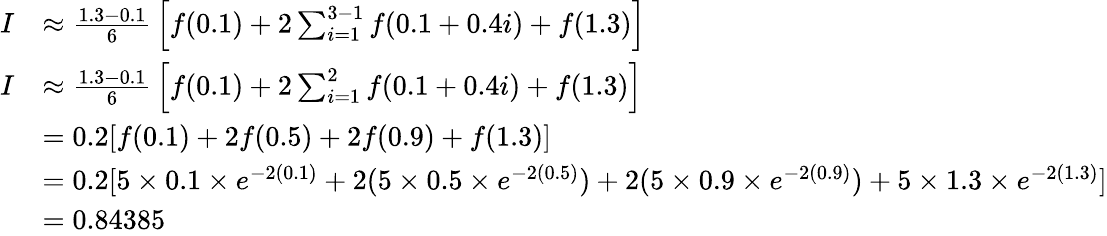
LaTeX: {\begin{array}{rl}{I}&{\approx{\frac{1.3-0.1}{6}}\left\lbrack f(0.1)+2\sum_{i=1}^{3-1}{f(0.1+0.4i)}+f(1.3)\right\rbrack}\\ {I}&{\approx{\frac{1.3-0.1}{6}}\left\lbrack f(0.1)+2\sum_{i=1}^{2}{f(0.1+0.4i)}+f(1.3)\right\rbrack}\\ &{=0.2\lbrack f(0.1)+2f(0.5)+2f(0.9)+f(1.3)\rbrack}\\ &{=0.2[5\times 0.1\times e^{-2(0.1)}+2(5\times 0.5\times e^{-2(0.5)})+2(5\times 0.9\times e^{-2(0.9)})+5\times 1.3\times e^{-2(1.3)}\rbrack}\\ &{=0.84385}\end{array}}